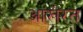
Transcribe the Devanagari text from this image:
आखेरत